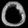
Digit: ၀